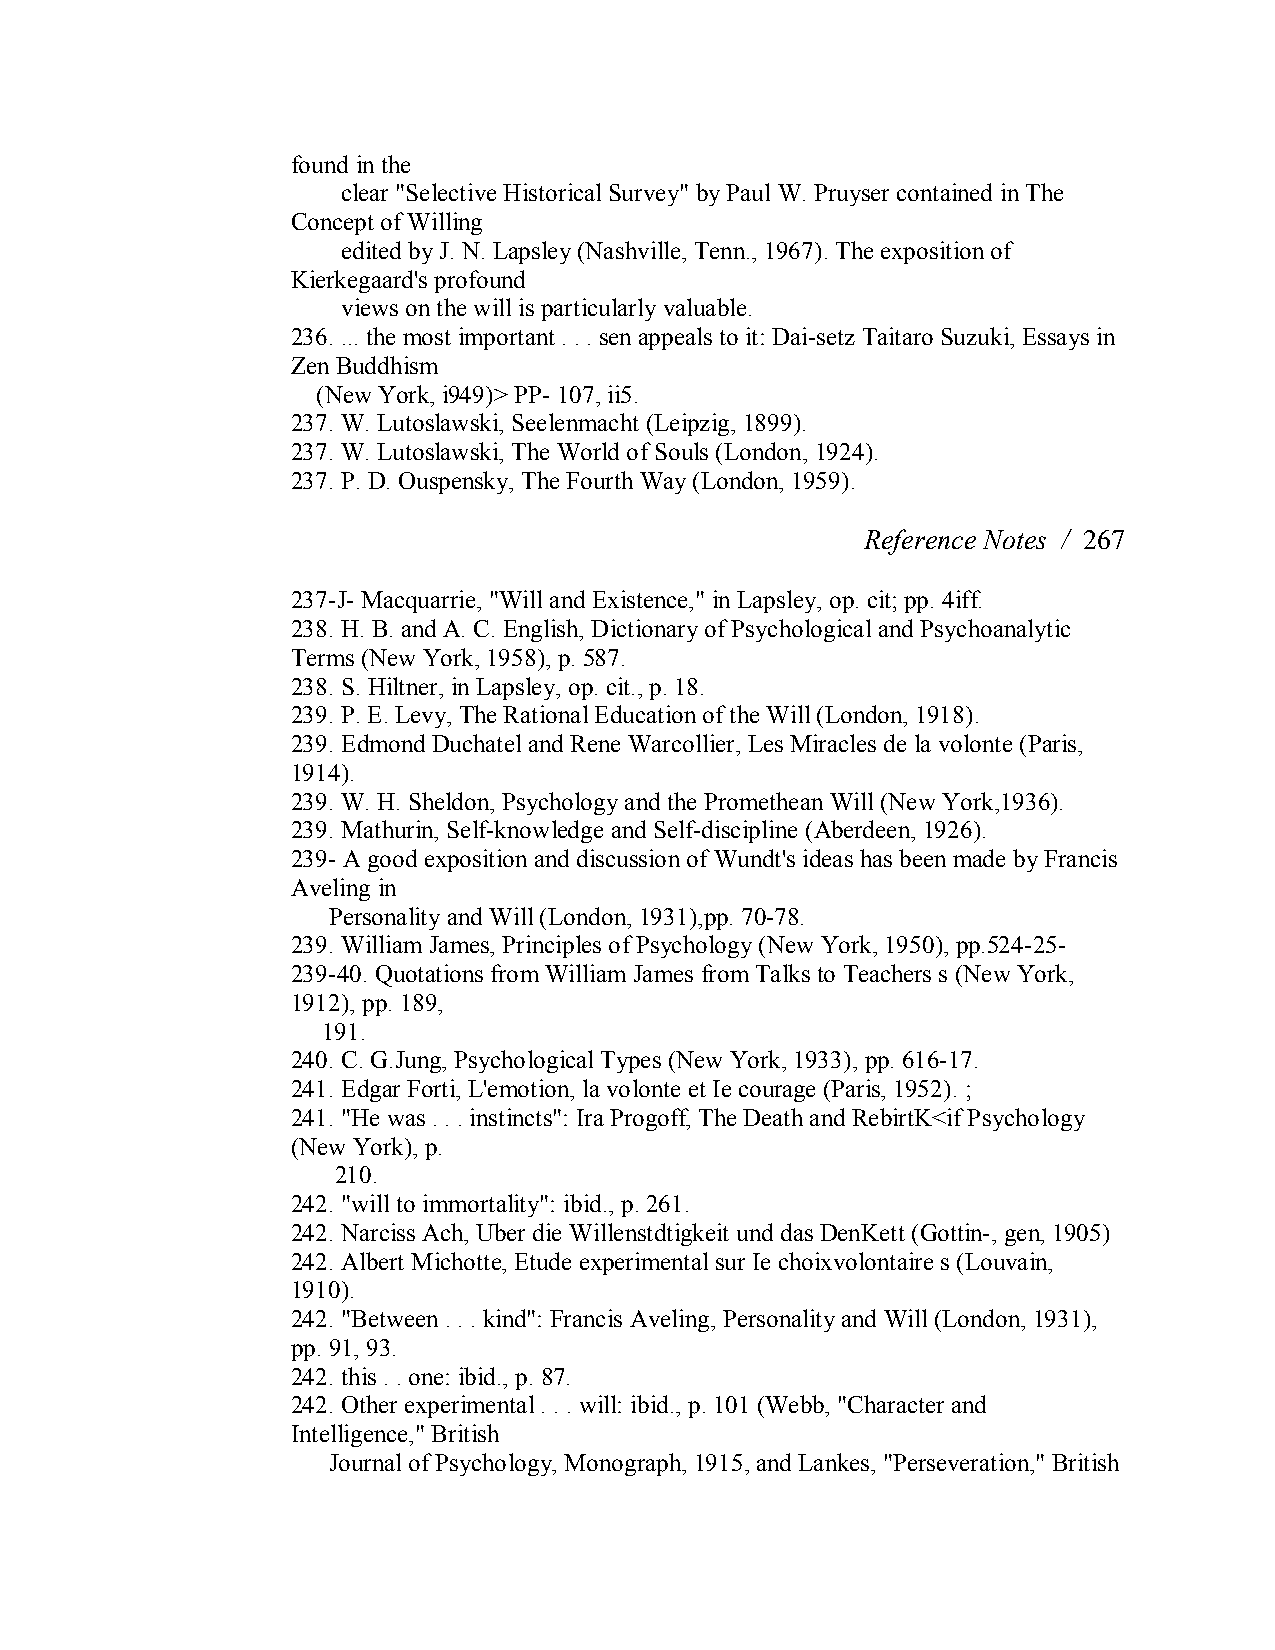
found in the
 clear "Selective Historical Survey" by Paul W. Pruyser contained in The
 Concept of Willing
 edited by J. N. Lapsley (Nashville, Tenn., 1967). The exposition of
 Kierkegaard's profound
 views on the will is particularly valuable.
 236. ... the most important . . . sen appeals to it: Dai­setz Taitaro Suzuki, Essays in
 Zen Buddhism
 (New York, i949)> PP­ 107, ii5.
 237. W. Lutoslawski, Seelenmacht (Leipzig, 1899).
 237. W. Lutoslawski, The World of Souls (London, 1924).
 237. P. D. Ouspensky, The Fourth Way (London, 1959).
 Reference Notes / 267
 237­J­ Macquarrie, "Will and Existence," in Lapsley, op. cit; pp. 4iff.
 238. H. B. and A. C. English, Dictionary ofPsychological and Psychoanalytic
 Terms (New York, 1958), p. 587.
 238. S. Hiltner, in Lapsley, op. cit., p. 18.
 239. P. E. Levy, The Rational Education of the Will (London, 1918).
 239. Edmond Duchatel and Rene Warcollier, Les Miracles de la volonte (Paris,
 1914).
 239. W. H. Sheldon, Psychology and the Promethean Will (New York,1936).
 239. Mathurin, Self­knowledge and Self­discipline (Aberdeen, 1926).
 239­ A good exposition and discussion of Wundt's ideas has been made by Francis
 Aveling in
 Personality and Will (London, 1931),pp. 70­78.
 239. William James, Principles of Psychology (New York, 1950), pp.524­25­
 239­40. Quotations from William James from Talks to Teachers s (New York,
 1912), pp. 189,
 191.
 240. C. G.Jung, Psychological Types (New York, 1933), pp. 616­17.
 241. Edgar Forti, L'emotion, la volonte et Ie courage (Paris, 1952). ;
 241. "He was . . . instincts": Ira Progoff, The Death and RebirtK<if Psychology
 (New York), p.
 210.
 242. "will to immortality": ibid., p. 261.
 242. Narciss Ach, Uber die Willenstdtigkeit und das DenKett (Gottin­, gen, 1905)
 242. Albert Michotte, Etude experimental sur Ie choixvolontaire s (Louvain,
 1910).
 242. "Between . . . kind": Francis Aveling, Personality and Will (London, 1931),
 pp. 91, 93.
 242. this . . one: ibid., p. 87.
 242. Other experimental . . . will: ibid., p. 101 (Webb, "Character and
 Intelligence," British
 Journal of Psychology, Monograph, 1915, and Lankes, "Perseveration," British